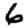
Digit: 6